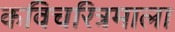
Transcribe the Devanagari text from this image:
कविचरित्रमाला